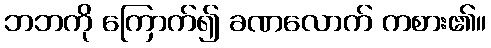
ဘဘကို ကြောက်၍ ခဏလောက် ကစား၏။